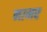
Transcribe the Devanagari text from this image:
नग़्मए